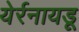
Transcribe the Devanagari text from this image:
येर्रनायडू